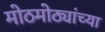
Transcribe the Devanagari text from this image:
मोठमोठ्यांच्या